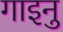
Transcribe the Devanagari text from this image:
गाइनु